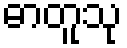
ဓာတူသု